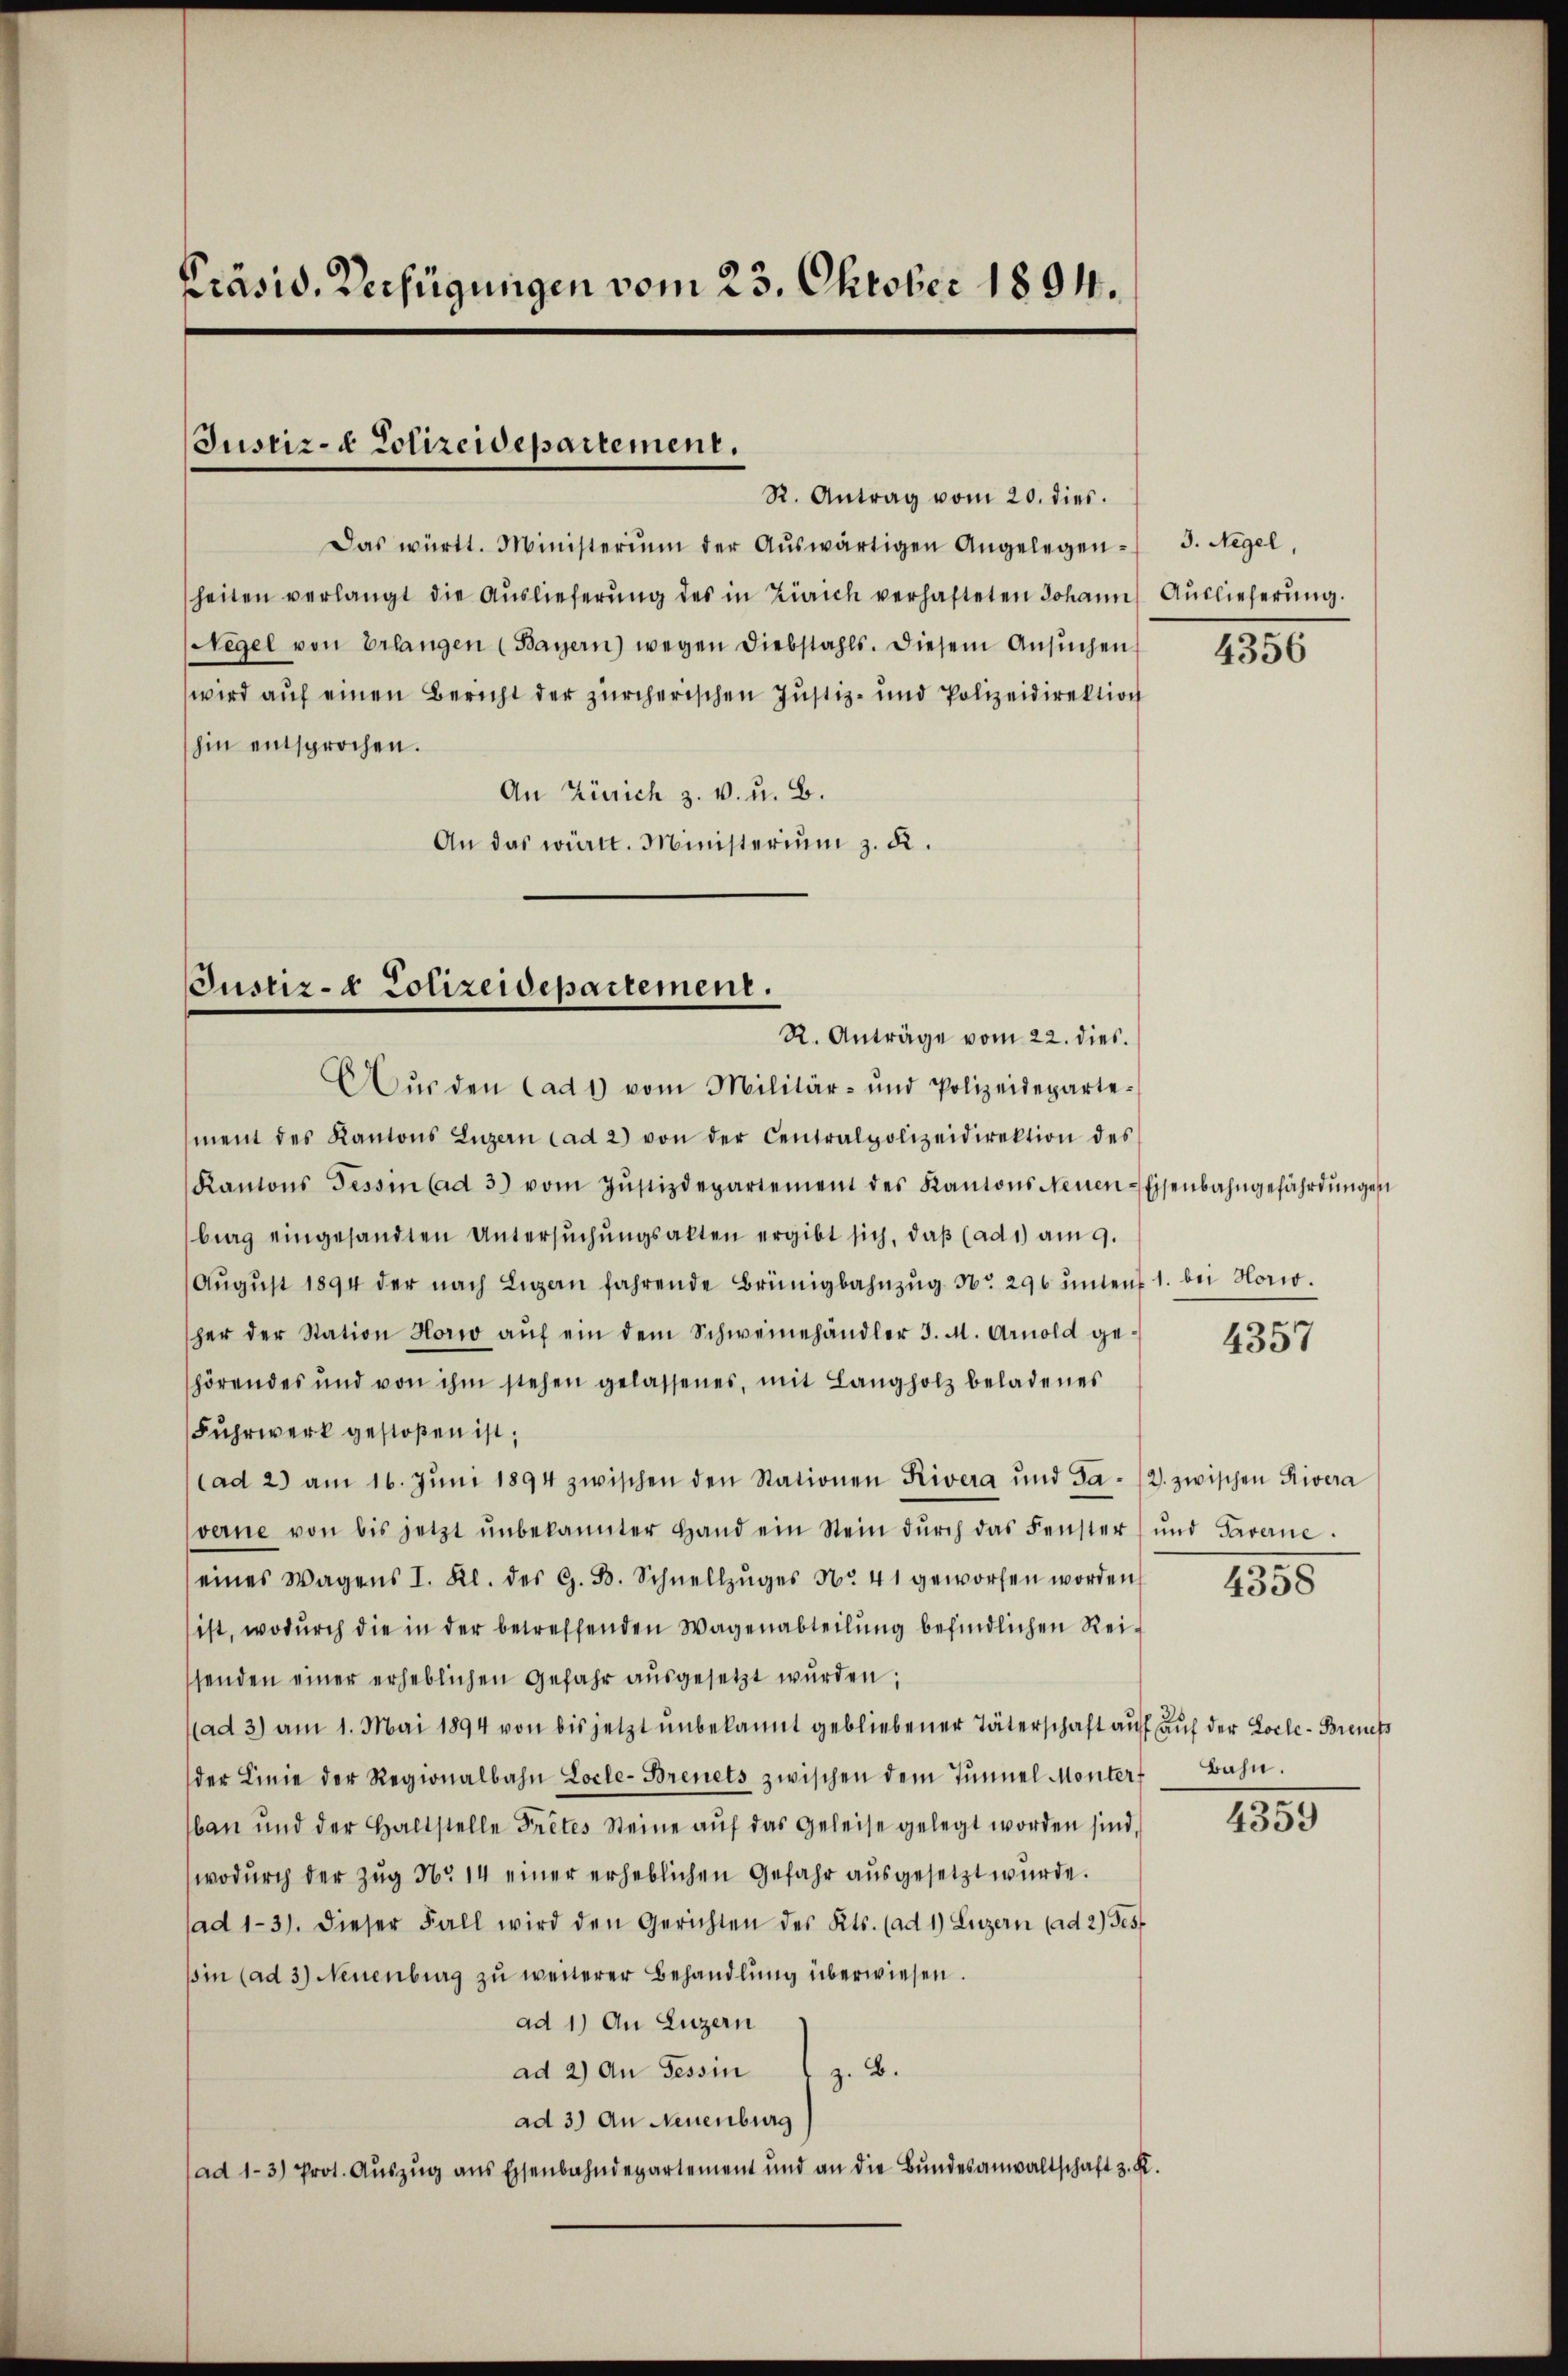
Präsid. Verfügungen vom 23. Oktober 1894.

Justiz- & Polizeidepartement.
R. Antrag vom 20. dies

Das württ. Ministerium der Aŭswärtigen Angelegen - 3. Negel,
heiten verlangt die Auslieferŭng des in Zürich verhafteten Johann
Negel von Erlangen (Bayern) wegen Diebstahls. Diesem Ansŭchen
wird auf einen Bericht der zürcherischen Justiz- und Polizeidirektion
hin entsprochen.
An Zürich z. v. u. B.
An das württ. Ministeriŭm z. K.

Justiz- & Polizeidepartement.
R. Anträge vom 22. dies
Aŭs den Cad 1 vom Militär- und Polizeideparte-

ment des Kantons Luzern cad 2) von der Centralpolizeidirektion des
Kantons Tessin (ad 3) vom Jŭstizdepartement des Kantons Neuen-Eisenbahngefährdŭngen
brag eingesandten Untersŭchŭngsakten ergibt sich, daβ (ad 1) am 9.
Aŭgŭst 1894 der nach Ligen fahrende Brünigbahnzŭg Nr. 296 ŭnters 1. bei Horio.
her der Station Horw aŭf ein dem Schweinehändler J. M. Arnold gehörendes und von ihm stehen gelassenes, mit Langholz beladenes
Fuhrwerk gestoßen ist,
Cad 2.) am 16. Jŭni 1894 zwischen den Stationen Rivera und Fa- (2. zwischen Rivera
verne von bis jetzt ŭnbekannter Hand ein Stein dŭrch das Fenster) und Taverne
eines Wagens I. Kl. des G. B. Schnellzŭges No. 41 geworfen worden.
ist, wodŭrch die in der betreffenden Wagenabteilŭng befindlichen Rei-
senden einer erheblichen Gefahr aŭsgesetzt wurden;
(ad 3) am 1. Mai 1894 von bis jetzt unbekannt gebliebener Täterschaft auf auf der Locle-Breness
der Linie der Regionalbahn Locle-Brenets zwischen dem Tunnel Monters
ban und der Haltstelle Tretes Steine auf das Geleise gelegt worden sind,
wodurch der Zug No 14 einer erheblichen Gefahr ausgesetzt wurde.
ad 1-3). Dieser Fall wird den Gerichten des Kts. (ad 1) Luzern (ad 2) Ges
sin (ad 3) Neuenburg zŭ weiterer Behandlŭng überwiesen.
ad 1) An Luzern
ad 2) An Tessin
z. B.
ad 3) An Neuenburg
(ad 1-3) Prot. Aŭszŭg ans Eisenbahndepartement und an die Bŭndesanwaltschaft 3. K.

Auslieferung.

4356

4357

1355

Bahn.

4359